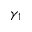
\gamma _ { 1 }